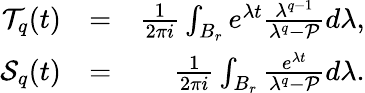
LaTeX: \begin{array}{rlr}{{\cal T}_{q}(t)}&{=}&{\frac{1}{2\pi i}\int_{B_{r}}e^{\lambda t}\frac{\lambda^{q-1}}{\lambda^{q}-{\cal P}}d\lambda,}\\ {{\cal S}_{q}(t)}&{=}&{\frac{1}{2\pi i}\int_{B_{r}}\frac{e^{\lambda t}}{\lambda^{q}-{\cal P}}d\lambda.}\end{array}